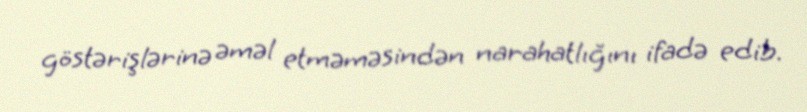
göstərişlərinə əməl etməməsindən narahatlığını ifadə edib.